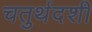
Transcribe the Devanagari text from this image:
चतुर्थदशी